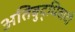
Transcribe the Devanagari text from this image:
अतिबुद्धिवादी